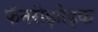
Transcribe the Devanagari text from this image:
फॅनरोझोइक